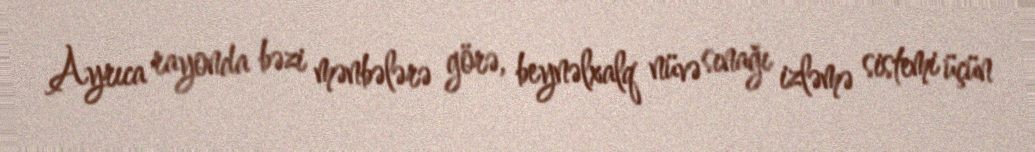
Ayrıca rayonda bəzi mənbələrə görə, beynəlxalq nüvə sınağı izləmə sistemi üçün